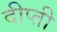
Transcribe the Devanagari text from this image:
दीप्‍ती